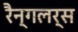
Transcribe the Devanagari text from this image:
रैन्गलर्स